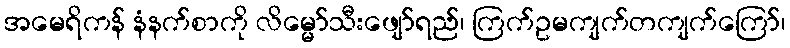
အမေရိကန် နံနက်စာကို လိမ္မော်သီးဖျော်ရည်၊ ကြက်ဥမကျက်တကျက်ကြော်၊